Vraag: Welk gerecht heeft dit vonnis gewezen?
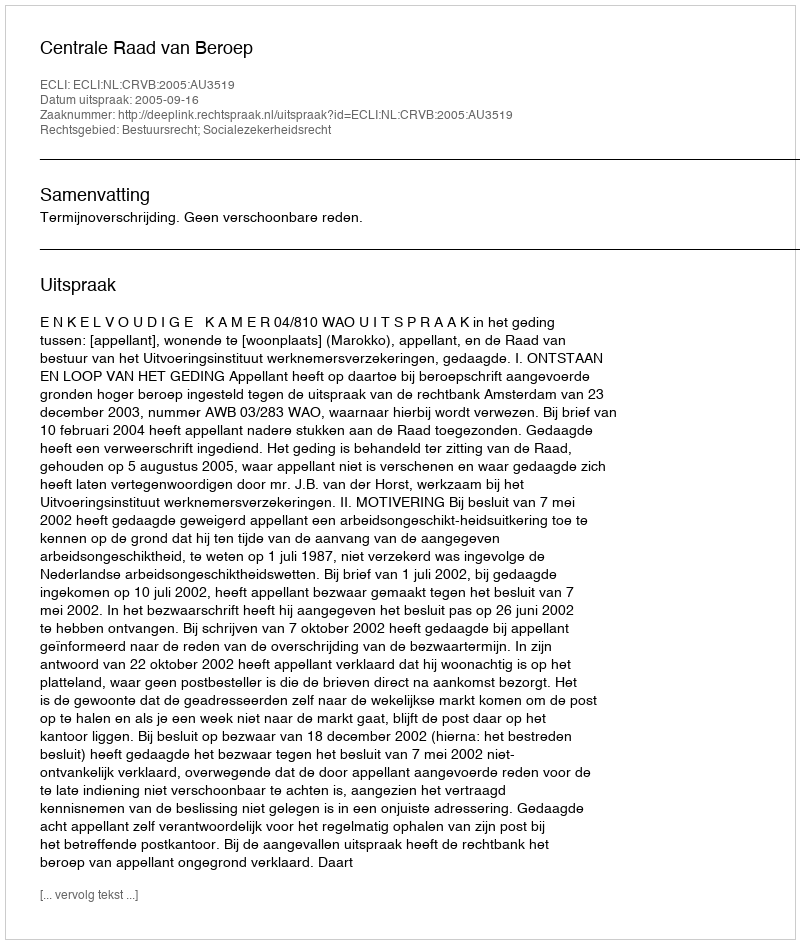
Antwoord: Centrale Raad van Beroep